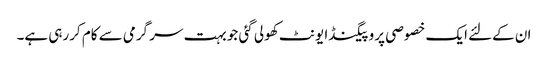
ان کےلئے ایک خصوصی پروپیگنڈا یونٹ کھولی گئی جو بہت سر گرمی سے کام کررہی ہے۔